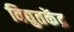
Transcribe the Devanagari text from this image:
विद्युतकेंद्र